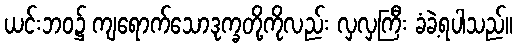
ယင်းဘဝ၌ ကျရောက်သောဒုက္ခတို့ကိုလည်း လှလှကြီး ခံခဲ့ရပါသည်။